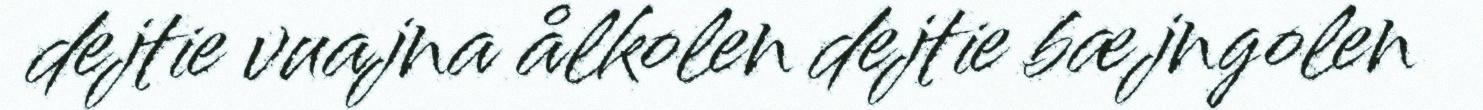
dejtie vuajna ålkolen dejtie bæjngolen